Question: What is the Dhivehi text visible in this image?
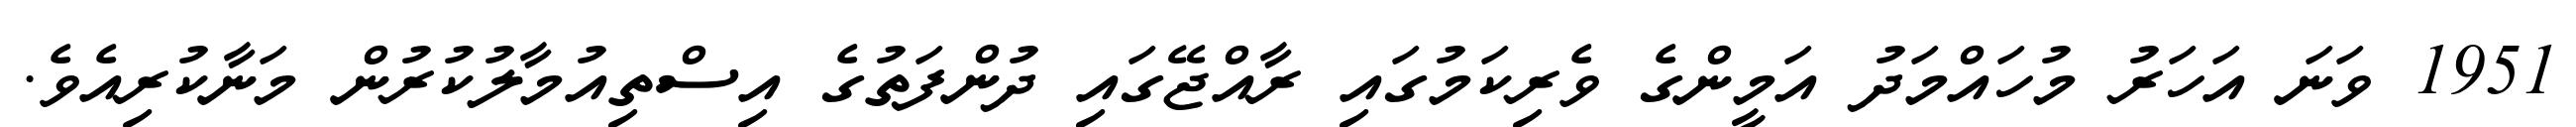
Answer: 1951 ވަނަ އަހަރު މުހައްމަދު އަމީންގެ ވެރިކަމުގައި ރާއްޖޭގައި ދުންފަތުގެ އިސްތިއުމާލުކުރުން މަނާކުރިއެވެ.